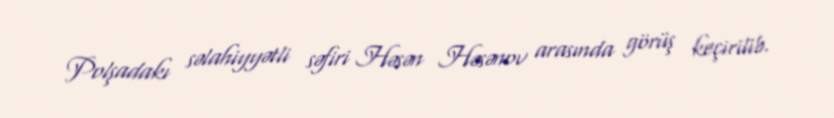
Polşadakı səlahiyyətli səfiri Həsən Həsənov arasında görüş keçirilib.